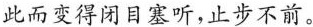
此而变得闭目塞听，止步不前。